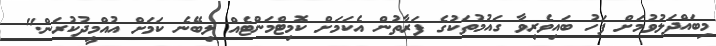
މިބައްދަލުވުމަށް ފަހު ބައިވެރިވާ ގައުމުތަކުގެ ފަރާތުން އެކަމަށް ކޮމިޓްމަންޓެއް ލިބޭނެ ކަމަށް އުއްމީދުކުރަން."